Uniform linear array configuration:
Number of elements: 64
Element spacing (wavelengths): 0.5
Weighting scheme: cosine
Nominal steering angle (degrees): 0
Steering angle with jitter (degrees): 0.4922
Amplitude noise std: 0.05
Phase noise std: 0.05

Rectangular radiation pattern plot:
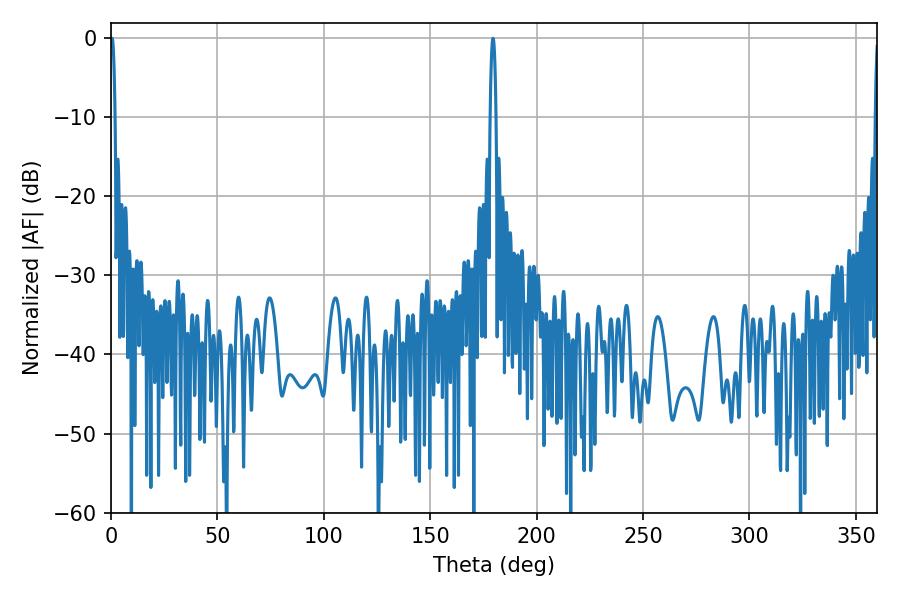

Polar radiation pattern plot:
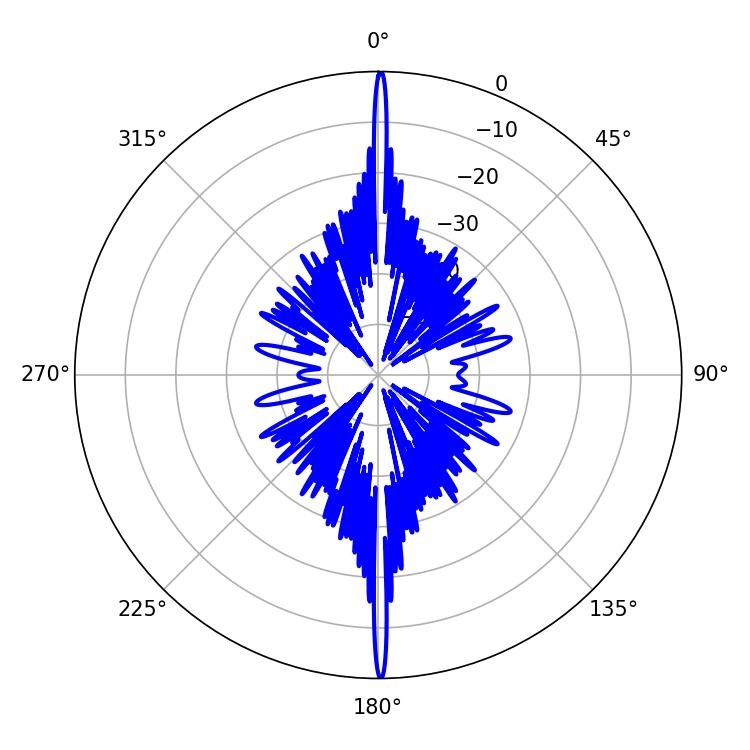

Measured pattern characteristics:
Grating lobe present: FALSE
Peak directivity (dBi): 35.497
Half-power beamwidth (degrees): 1.26
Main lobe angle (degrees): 0.54